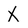
Character: X